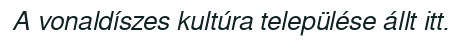
A vonaldíszes kultúra települése állt itt.